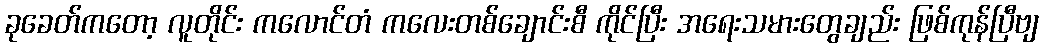
ခုခေတ်ကတော့ လူတိုင်း ကလောင်တံ ကလေးတစ်ချောင်းစီ ကိုင်ပြီး အရေးသမားတွေချည်း ဖြစ်ကုန်ပြီဗျ